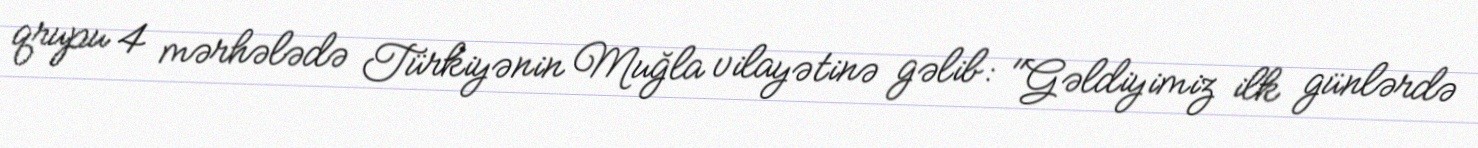
qrupu 4 mərhələdə Türkiyənin Muğla vilayətinə gəlib: "Gəldiyimiz ilk günlərdə